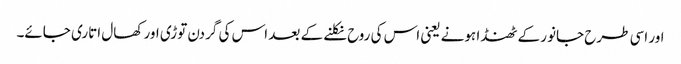
اور اسی طرح جانور کے ٹھنڈا ہونے یعنی اس کی روح نکلنے کے بعد اس کی گردن توڑی اور کھال اتاری جائے۔